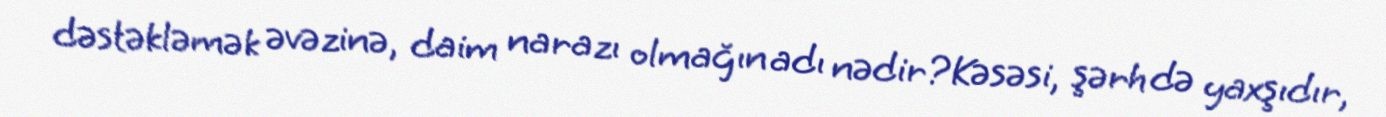
dəstəkləmək əvəzinə, daim narazı olmağın adı nədir?Kəsəsi, şərh də yaxşıdır,